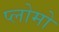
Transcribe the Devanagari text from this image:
प्लोमो